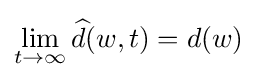
\lim _{t\to \infty }{\widehat {d}}(w,t)=d(w)